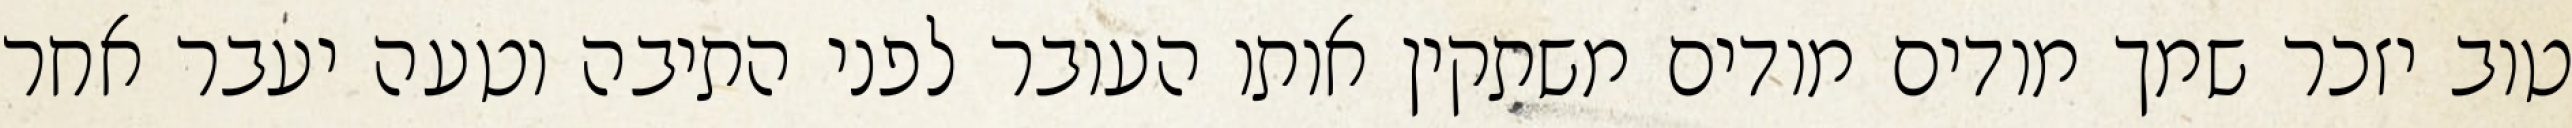
טוב יזכר שמך מודים מודים משתקין אותו העובר לפני התיבה וטעה יעבר אחר